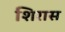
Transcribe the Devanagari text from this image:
शिरास